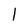
Character: 1